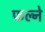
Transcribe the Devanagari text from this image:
फल्ने